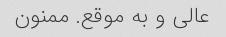
عالی و به موقع. ممنون